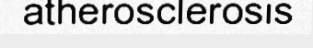
atherosclerosis